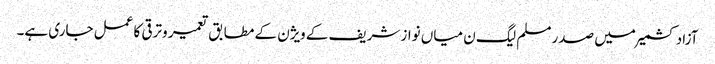
آزاد کشمیر میں صدر مسلم لیگ ن میاں نواز شریف کے ویژن کے مطابق تعمیر وترقی کا عمل جاری ہے۔